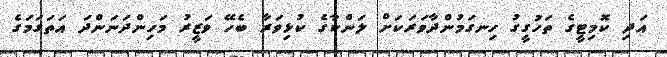
އަދި ކޮމިޓީގެ ތަހުގީގު ހިނގަމުންދާވަރަކަށް ލަންކާގެ ކުޅިވަރާ ބެހޭ ވަޒީރު މަހިންދަނަންދަ އަތަގަމަގެ